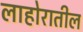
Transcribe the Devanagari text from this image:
लाहोरातील